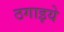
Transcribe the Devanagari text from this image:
ठगाइये